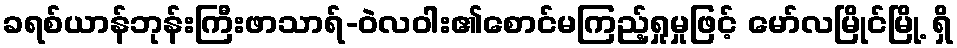
ခရစ်ယာန်ဘုန်းကြီးဖာသာရ်-ဝဲလဝါး၏စောင်မကြည့်ရှုမှုဖြင့် မော်လမြိုင်မြို့ ရှိ